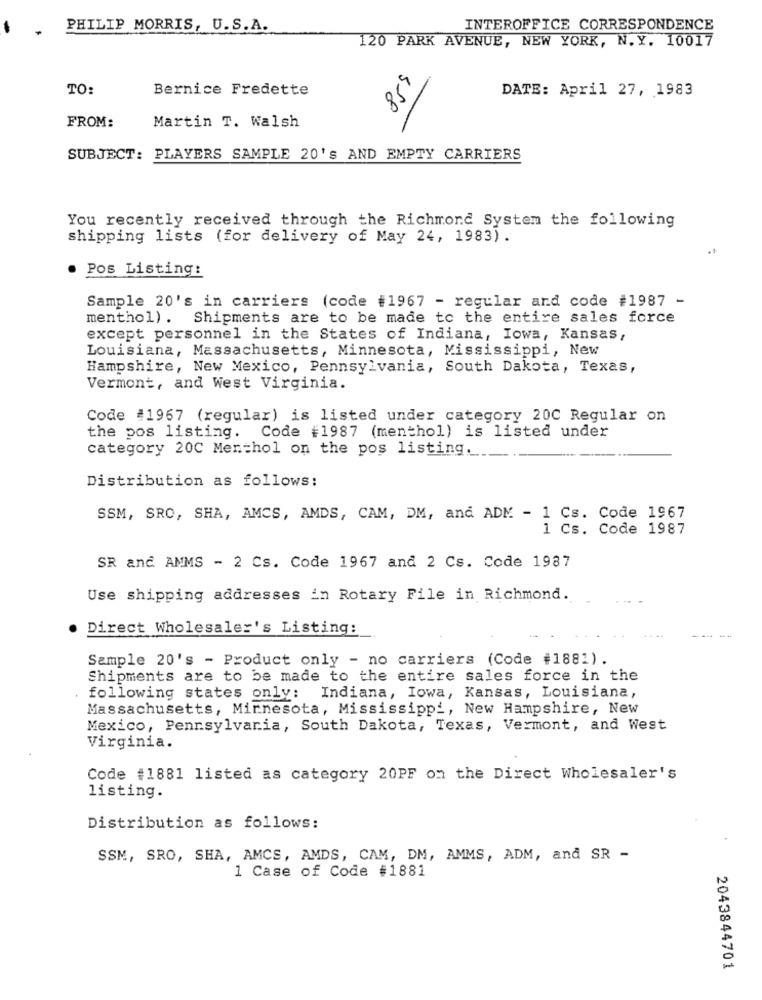
PHILIP MORRIS, U.S.A.
INTEROFFICE CORRESPONDENCE
120 PARK AVENUE, NEW YORK, N. Y. 10017
859
TO:
Bernice Fredette
DATE: April 27, 1983
FROM:
Martin T. Walsh
SUBJECT: PLAYERS SAMPLE 20'S AND EMPTY CARRIERS
You recently received through the Richmond System the following
shipping lists (for delivery of May 24, 1983).
. Pos Listing:
Sample 20's in carriers (code #1967 - regular and code #1987 -
menthol) . Shipments are to be made to the entire sales force
except personnel in the States of Indiana, Iowa, Kansas,
Louisiana, Massachusetts, Minnesota, Mississippi, New
Hampshire, New Mexico, Pennsylvania, South Dakota, Texas,
Vermont, and West Virginia.
Code #1967 (regular) is listed under category 20C Regular on
the pos listing. Code #1987 (menthol) is listed under
category 20C Menthol on the pos listing ...
Distribution as follows:
SSM, SRO, SHA, AMCS, AMDS, CAM, DM, and ADK - 1 Cs. Code 1967
1 Cs. Code 1987
SR and AMMS - 2 Cs. Code 1967 and 2 Cs. Code 1987
Use shipping addresses in Rotary File in Richmond.
Direct Wholesaler's Listing:
Sample 20's - Product only - no carriers (Code #1881).
Shipments are to be made to the entire sales force in the
following states only: Indiana, Iowa, Kansas, Louisiana,
Massachusetts, Minnesota, Mississippi, New Hampshire, New
Mexico, Pennsylvania, South Dakota, Texas, Vermont, and West
Virginia.
Code #1881 listed as category 20PF on the Direct Wholesaler's
listing.
Distribution as follows:
SSM, SRO, SHA, AMCS, AMDS, CAM, DM, AMMS, ADM, and SR -
1 Case of Code #1881
2043844701